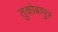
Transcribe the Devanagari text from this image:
तुकोबापुत्र